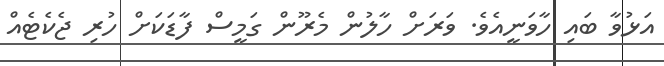
އަޅުވާ ބައި ހާވަނީއެވެ. ވަރަށް ހާލުން މެރޫން ގަމީސް ފާޑަކަށް ހުރި ޖެކެޓެއް